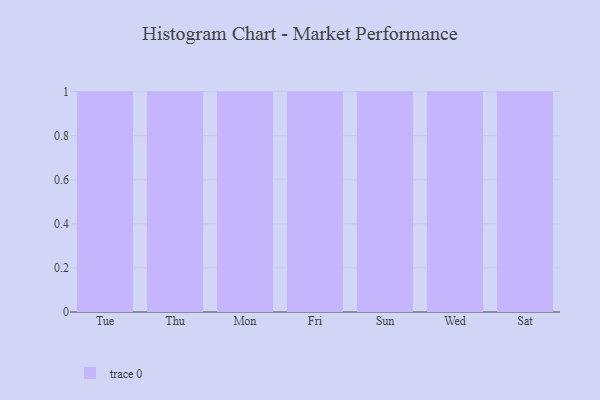
{"axis": {"x": "Day", "y": "Operating Costs (USD K)"}, "legend": [""], "data": [{"x": "Tue", "y": 67, "type": ""}, {"x": "Thu", "y": 48, "type": ""}, {"x": "Mon", "y": 15, "type": ""}, {"x": "Fri", "y": 71, "type": ""}, {"x": "Sun", "y": 12, "type": ""}, {"x": "Wed", "y": 49, "type": ""}, {"x": "Sat", "y": 33, "type": ""}]}